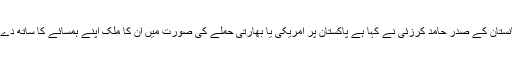
افغانستان کے صدر حامد کرزئی نے کہا ہے پاکستان پر امریکی یا بھارتی حملے کی صورت میں اُن کا ملک اپنے ہمسائے کا ساتھ دے گا۔